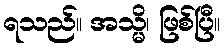
ရသည်။ အသ္မိ၊ ဖြစ်ပြီ။